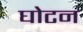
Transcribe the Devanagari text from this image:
घोटन